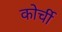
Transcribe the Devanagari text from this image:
कोर्ची